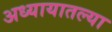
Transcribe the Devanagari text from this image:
अध्यायातल्या